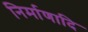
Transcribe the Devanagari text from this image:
निर्माणादि